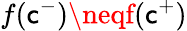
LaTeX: f(\mathsf{c}^{-})\neqf(\mathsf{c}^{+})